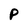
Character: P